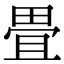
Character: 畳